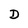
Character: D